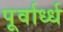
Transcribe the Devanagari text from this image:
पूर्वार्ध्ध